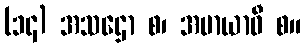
(၁၄) အသဌော စ၊ အမာယာဝီ စ။